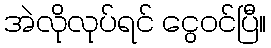
အဲလိုလုပ်ရင် ငွေဝင်ပြီ။